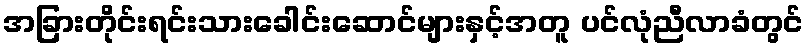
အခြားတိုင်းရင်းသားခေါင်းဆောင်များနှင့်အတူ ပင်လုံညီလာခံတွင်